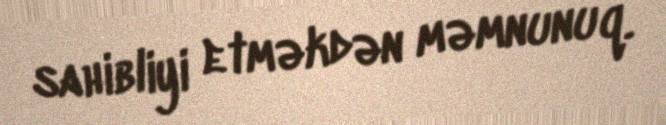
sahibliyi etməkdən məmnunuq.